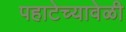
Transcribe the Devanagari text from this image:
पहाटेच्यावेळी